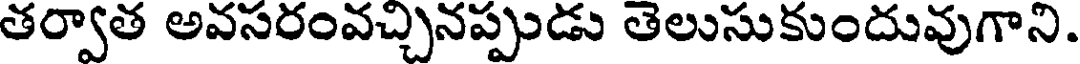
తర్వాత అవసరంవచ్చినప్పుడు తెలుసుకుందువుగాని.